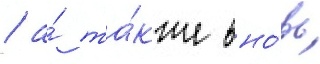
/ а́ та́кже вно́вь